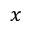
x